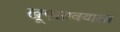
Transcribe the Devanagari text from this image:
खूपसावयाला